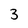
Character: 3